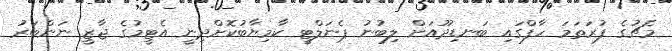
މެޗުގެ ފުރަތަމަ ހާފްގައި ބަނޑިދޫއަށް ލިބުނު ޕެނަލްޓީ ކާމިޔާބުކޮށްދިނީ އެޓީމުގެ ޖާޒީ ނަންބަރު